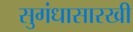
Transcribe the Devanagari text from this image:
सुगंधासारखी